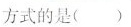
方式的是()